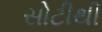
સોટીથી